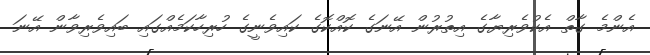
އެންމެ ގާތް އެކުވެރިޔާގެ އިތުރުން އޭނަގެ ކޮއްކޮގެ ކައިވެނީގެ ހުރިހާކަމެއްގައި ބައިވެރިވާން އޭނަ